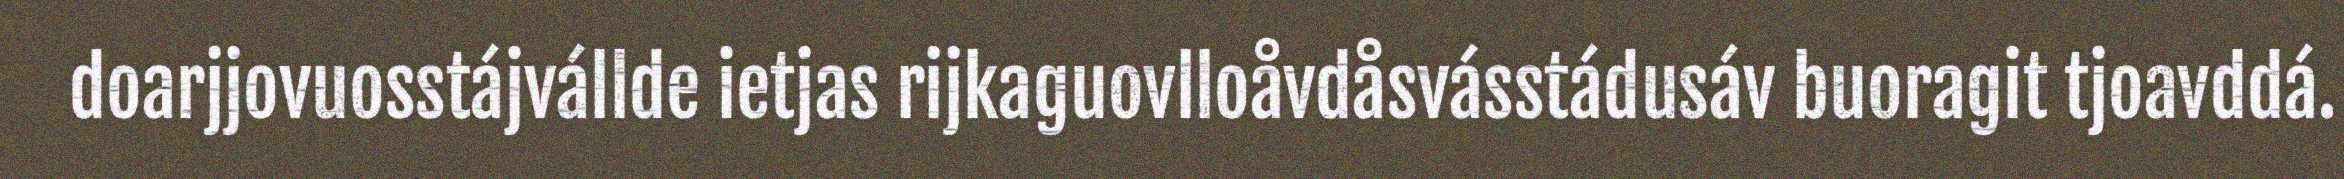
doarjjovuosstájvállde ietjas rijkaguovlloåvdåsvásstádusáv buoragit tjoavddá.